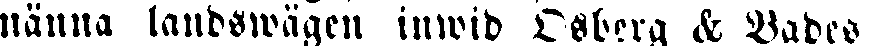
nänna landswägen inwid Osberg & Vades